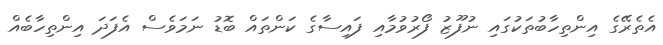
އެތެރޭގެ އިންތިހާބުތަކުގައި ނުފޫޒު ފޯރުވުމާއި ފައިސާގެ ކަންތައް ބޮޑު ނަމަވެސް އެފަދަ އިންތިހާބެއް